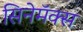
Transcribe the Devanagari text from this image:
सिनेमॅक्स